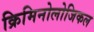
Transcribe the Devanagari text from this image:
क्रिमिनोलोजिकल